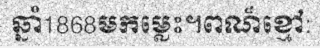
ឆ្នាំ1868មកម្លេះ។ពណ៏ខ្មៅ: